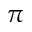
\pi